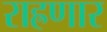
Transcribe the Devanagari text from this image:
राह्रणार